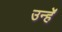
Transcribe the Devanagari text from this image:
उन्हेंं